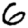
Digit: 6